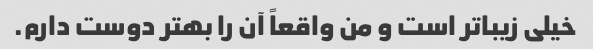
خیلی زیباتر است و من واقعاً آن را بهتر دوست دارم.